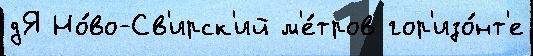
дЯ Но́во-Св'ирск'ий м'е́тров гор'изо́нт'е